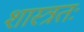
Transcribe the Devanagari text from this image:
शास्त्रतः